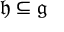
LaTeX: { \mathfrak { h } } \subseteq { \mathfrak { g } }